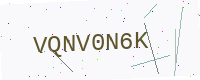
Text: VQNV0N6K